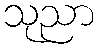
သုညာ